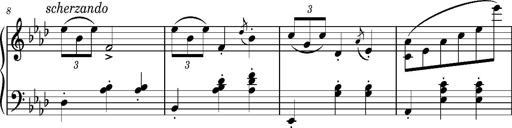
Title: Petite valse favorite
Composer: Franz Liszt
Key: A-flat major